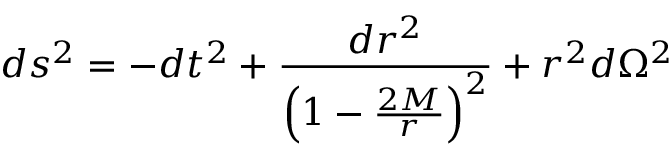
d s ^ { 2 } = - d t ^ { 2 } + \frac { d r ^ { 2 } } { \left( 1 - \frac { 2 M } { r } \right) ^ { 2 } } + r ^ { 2 } d \Omega ^ { 2 }